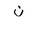
Letter: _non